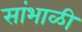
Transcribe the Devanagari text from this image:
सांभाळी